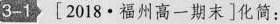
3-1 [2018·福州高一期末]化简：